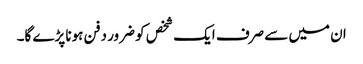
ان میں سے صرف ایک شخص کو ضرور دفن ہونا پڑے گا۔